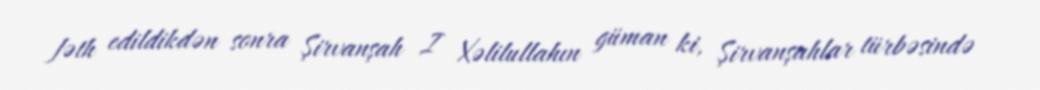
fəth edildikdən sonra Şirvanşah I Xəlilullahın güman ki, Şirvanşahlar türbəsində